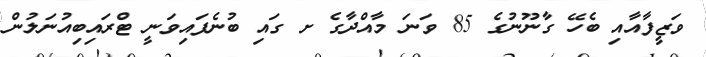
ވަޒީފާއާއި ބެހޭ ގާނޫނުގެ 85 ވަނަ މާއްދާގެ ށ ގައި ބުނެފައިވަނީ ޓްރައިބިއުނަލުން